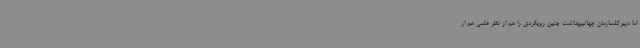
اما دبیرکلسازمان جهانیبهداشت چنین رویکردی را هم از نظر علمی هم از